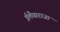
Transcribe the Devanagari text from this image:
ईलैयाराजा